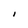
Character: I